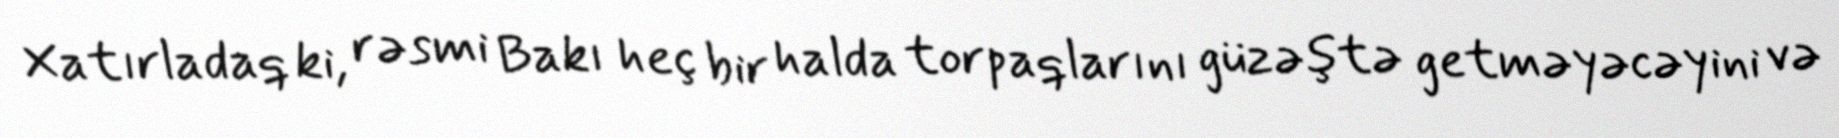
Xatırladaq ki, rəsmi Bakı heç bir halda torpaqlarını güzəştə getməyəcəyini və